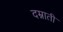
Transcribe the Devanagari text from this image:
दम्नाती